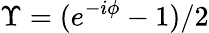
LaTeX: \Upsilon=(e^{-i\phi}-1)/2